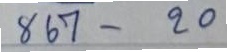
867 - 20